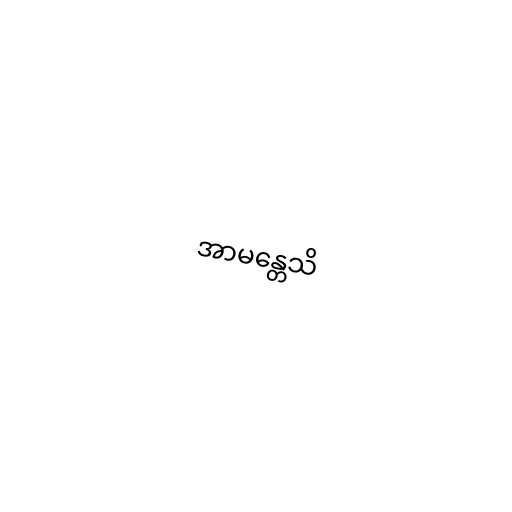
အာမန္တေသိ